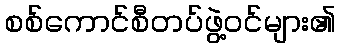
စစ်ကောင်စီတပ်ဖွဲ့ဝင်များ၏